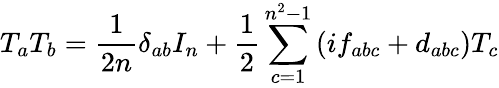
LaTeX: T_{a}T_{b}={\frac{1}{2n}}\delta_{ab}I_{n}+{\frac{1}{2}}\sum_{c=1}^{n^{2}-1}\left(if_{abc}+d_{abc}\right)T_{c}